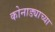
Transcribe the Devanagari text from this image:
कोनाड्याच्या